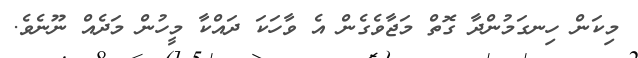
މިކަން ހިނގަމުންދާ ގޮތް މަޖާވެގެން އެ ވާހަކަ ދައްކާ މީހުން މަދެއް ނޫނެވެ.